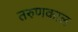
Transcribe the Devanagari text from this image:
तरुणकाल